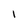
Character: I